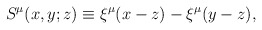
\begin{align*}S^{\mu}(x,y;z)\equiv\xi^\mu(x-z)-\xi^\mu(y-z),\end{align*}